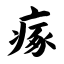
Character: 瘃